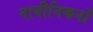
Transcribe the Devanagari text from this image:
नावीनिकर्नों